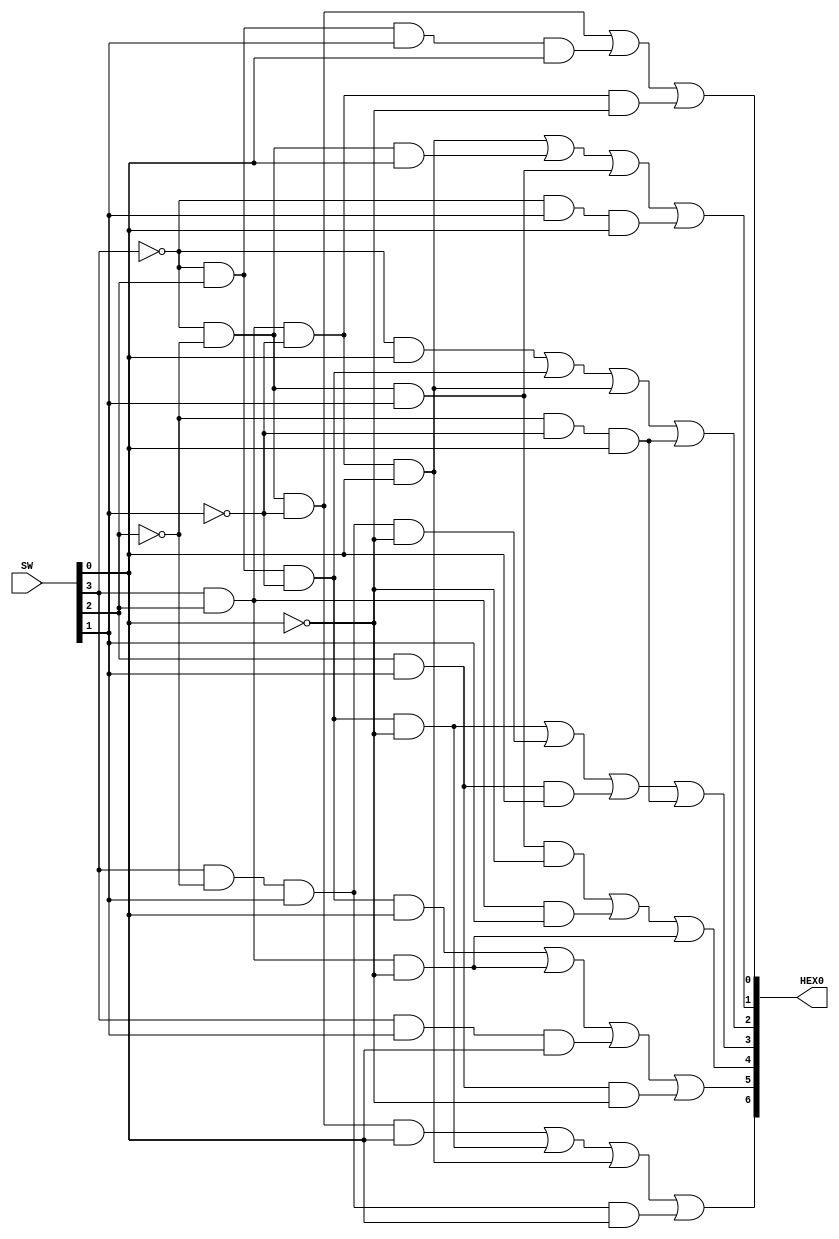
module sevenSegmentsDecoder(HEX0,SW);

input [3:0]SW;
output [6:0]HEX0;

assign HEX0[6] = (~SW[3]&~SW[2]&~SW[1]&SW[0]|
		~SW[3]&SW[2]&~SW[1]&~SW[0]|
		SW[3]&SW[2]&~SW[1]&SW[0]|
		SW[3]&~SW[2]&SW[1]&SW[0]);

assign HEX0[5] = (~SW[3]&SW[2]&~SW[1]&SW[0]|
		SW[3]&SW[2]&~SW[0]|
		SW[3]&SW[1]&SW[0]|
		SW[2]&SW[1]&~SW[0]);

assign HEX0[4] = (~SW[3]&~SW[2]&SW[1]&~SW[0]|
		SW[3]&SW[2]&SW[1]|
		SW[3]&SW[2]&~SW[0]);

assign HEX0[3] = (~SW[3]&SW[2]&~SW[1]&~SW[0]|
		SW[3]&~SW[2]&SW[1]&~SW[0]|
		SW[2]&SW[1]&SW[0]|
		~SW[2]&~SW[1]&SW[0]);

assign HEX0[2] = (~SW[3]&SW[0]|
		~SW[3]&SW[2]&~SW[1]|
		SW[3]&SW[2]&~SW[1]&SW[0]|
		~SW[2]&~SW[1]&SW[0]);

assign HEX0[1] = (SW[3]&SW[2]&~SW[1]&SW[0]|
		~SW[3]&~SW[2]&SW[0]|
		~SW[3]&~SW[2]&SW[1]|
		~SW[3]&SW[1]&SW[0]);

assign HEX0[0] = (~SW[3]&~SW[2]&~SW[1]|
		~SW[3]&SW[2]&SW[1]&SW[0]|
		SW[3]&SW[2]&~SW[1]&~SW[0]);

endmodule